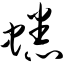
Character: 蟋